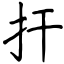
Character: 扞